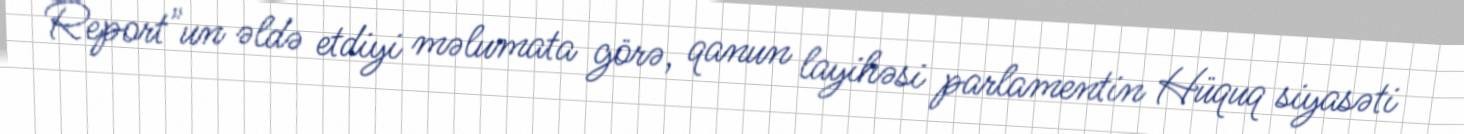
Report"un əldə etdiyi məlumata görə, qanun layihəsi parlamentin Hüquq siyasəti